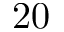
2 0